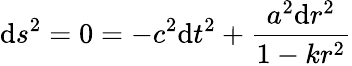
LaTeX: \mathrm{d}s^{2}=0=-c^{2}\mathrm{d}t^{2}+{\frac{{a^{2}\mathrm{d}r^{2}}}{{1-kr^{2}}}}